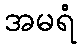
အမရံ